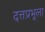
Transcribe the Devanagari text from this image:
दत्तप्रभूला